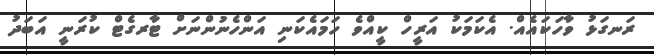
ރަނގަޅު ވާހަކައެއް. އެކަމަކު އަރީހް ކީއްވެ ހަމައެކަނި އަންހެނުންނަށް ޓާރގެޓް ކުރަނީ އަބަދު